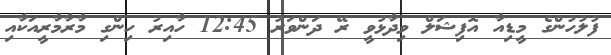
ފުލުހުންގެ މީޑިއާ އޮފިޝަލް ވިދާޅުވީ ރޭ ދަންވަރު 12:45 ހާއިރު ހިންގި މާރާމާރީއަކާއި